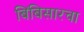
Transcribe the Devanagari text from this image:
बिंबिसारचा